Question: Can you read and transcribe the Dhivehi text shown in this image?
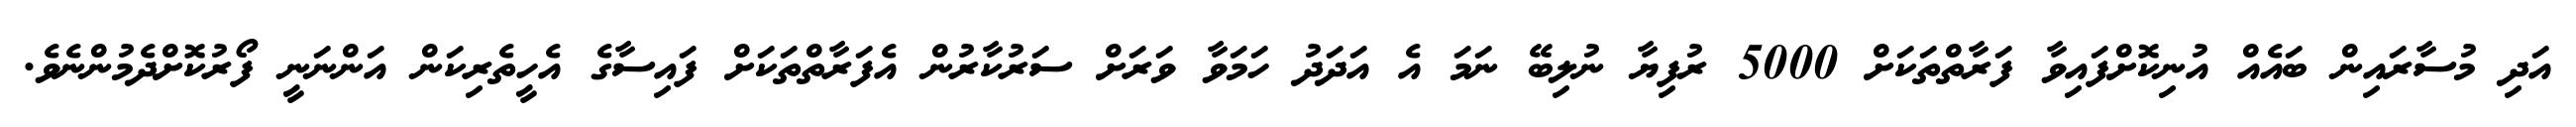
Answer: އަދި މުސާރައިން ބައެއް އުނިކޮށްފައިވާ ފަރާތްތަކަށް 5000 ރުފިޔާ ނުލިބޭ ނަމަ އެ އަދަދު ހަމަވާ ވަރަށް ސަރުކާރުން އެފަރާތްތަކަށް ފައިސާގެ އެހީތެރިކަން އަންނަނީ ފޯރުކޮށްދެމުންނެވެ.